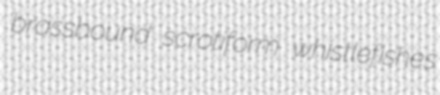
brassbound scrotiform whistlefishes